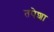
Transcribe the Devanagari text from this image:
तपेशा